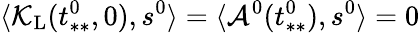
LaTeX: \langle\mathcal{K}_{\mathrm{L}}(t_{**}^{0},0),s^{0}\rangle=\langle\mathcal{A}^{0}(t_{**}^{0}),s^{0}\rangle=0